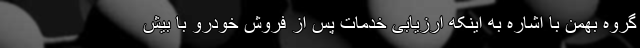
گروه بهمن با اشاره به اینکه ارزیابی خدمات پس از فروش خودرو با بیش